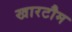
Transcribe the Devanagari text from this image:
खारटौम